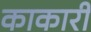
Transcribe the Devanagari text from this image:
काकारी